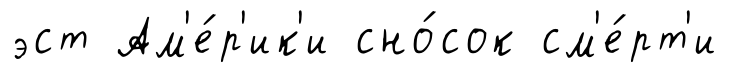
эст Ам'е́р'ик'и сно́сок см'е́рт'и